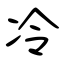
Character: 冷